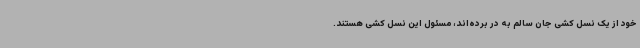
خود از یک نسل کشی جان سالم به در برده‌اند، مسئول این نسل کشی هستند.